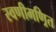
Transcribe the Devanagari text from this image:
स्वणीमण्रित